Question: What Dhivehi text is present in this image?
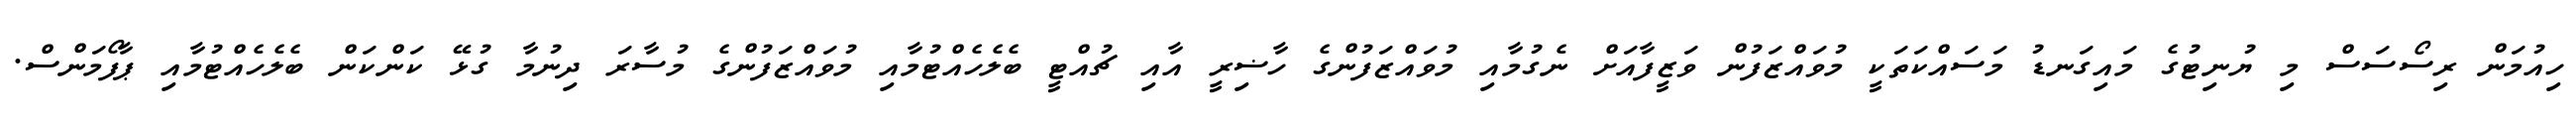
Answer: ހިއުމަން ރިސޯސަސް މި ޔުނިޓުގެ މައިގަނޑު މަސައްކަތަކީ މުވައްޒަފުން ވަޒީފާއަށް ނެގުމާއި މުވައްޒަފުންގެ ހާޟިރީ އާއި ޗުއްޓީ ބެލެހެއްޓުމާއި މުވައްޒަފުންގެ މުސާރަ ދިނުމާ ގުޅޭ ކަންކަން ބެލެހެއްޓުމާއި ޕާފޯމަންސް.